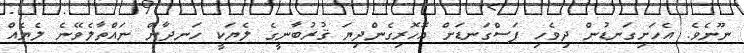
ނޫނެވެ. އެހަށިގަނޑުން ދިވެހި ފަސްގަނޑަށް އޮހޮރިގެންދިޔަ ޤުރުބާނީގެ ލެޔަކީ ހަނދާން ނައްތާލެވޭނެ ލެޔެއް